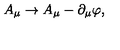
A _ { \mu } \to A _ { \mu } - \partial _ { \mu } \varphi ,